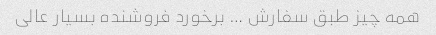
همه چیز طبق سفارش … برخورد فروشنده بسیار عالی